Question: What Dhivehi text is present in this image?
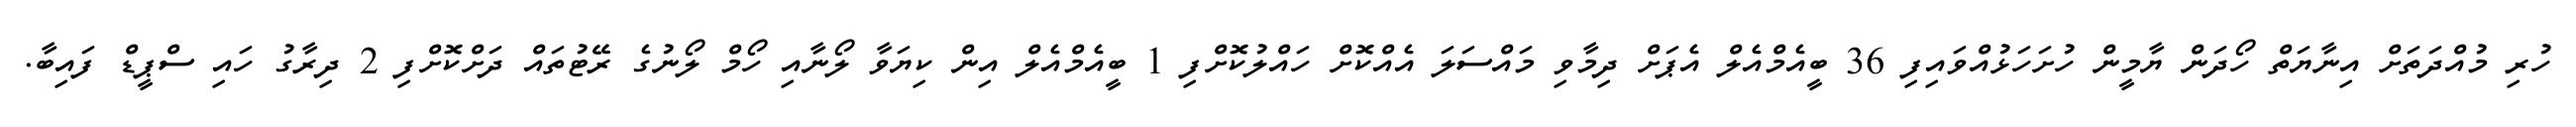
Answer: ހުރި މުއްދަތަށް އިނާޔަތް ހޯދަން ޔާމީން ހުށަހަޅުއްވައިފި 36 ބީއެމްއެލް އެޕަށް ދިމާވި މައްސަލަ އެއްކޮށް ހައްލުކޮށްފި 1 ބީއެމްއެލް އިން ކިޔަވާ ލޯނާއި ހޯމް ލޯނުގެ ރޭޓުތައް ދަށްކޮށްފި 2 ދިރާގު ހައި ސްޕީޑް ފައިބާ.